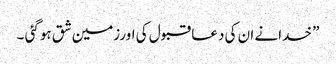
” خدانے ان کی دعا قبول کی اورزمین شق ہوگئی ۔